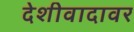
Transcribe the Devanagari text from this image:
देशीवादावर